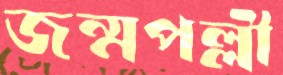
জন্মপল্লী